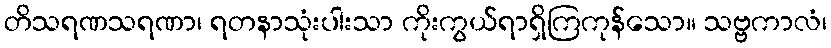
တိသရဏသရဏာ၊ ရတနာသုံးပါးသာ ကိုးကွယ်ရာရှိကြကုန်သော။ သဗ္ဗကာလံ၊